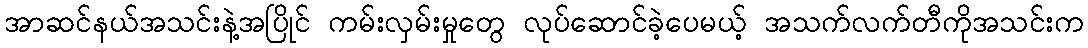
အာဆင်နယ်အသင်းနဲ့အပြိုင် ကမ်းလှမ်းမှုတွေ လုပ်ဆောင်ခဲ့ပေမယ့် အသက်လက်တီကိုအသင်းက